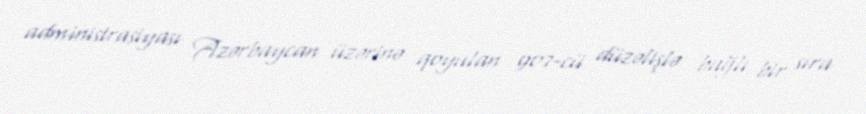
administrasiyası Azərbaycan üzərinə qoyulan 907-cü düzəlişlə bağlı bir sıra